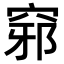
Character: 𥦢